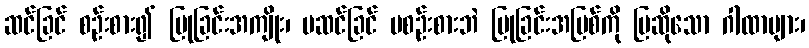
ဆင်ခြင် စဉ်းစား၍ ပြုခြင်းအကျိုး၊ မဆင်ခြင် မစဉ်းစားဘဲ ပြုခြင်းအပြစ်ကို ပြဆိုသော ဂါထာများ၊